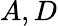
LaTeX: A,D